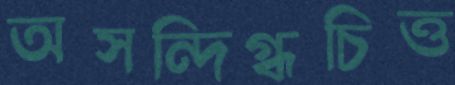
অসন্দিগ্ধচিত্ত